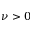
\nu > 0